Tartu_linnavalitsus, lk 122
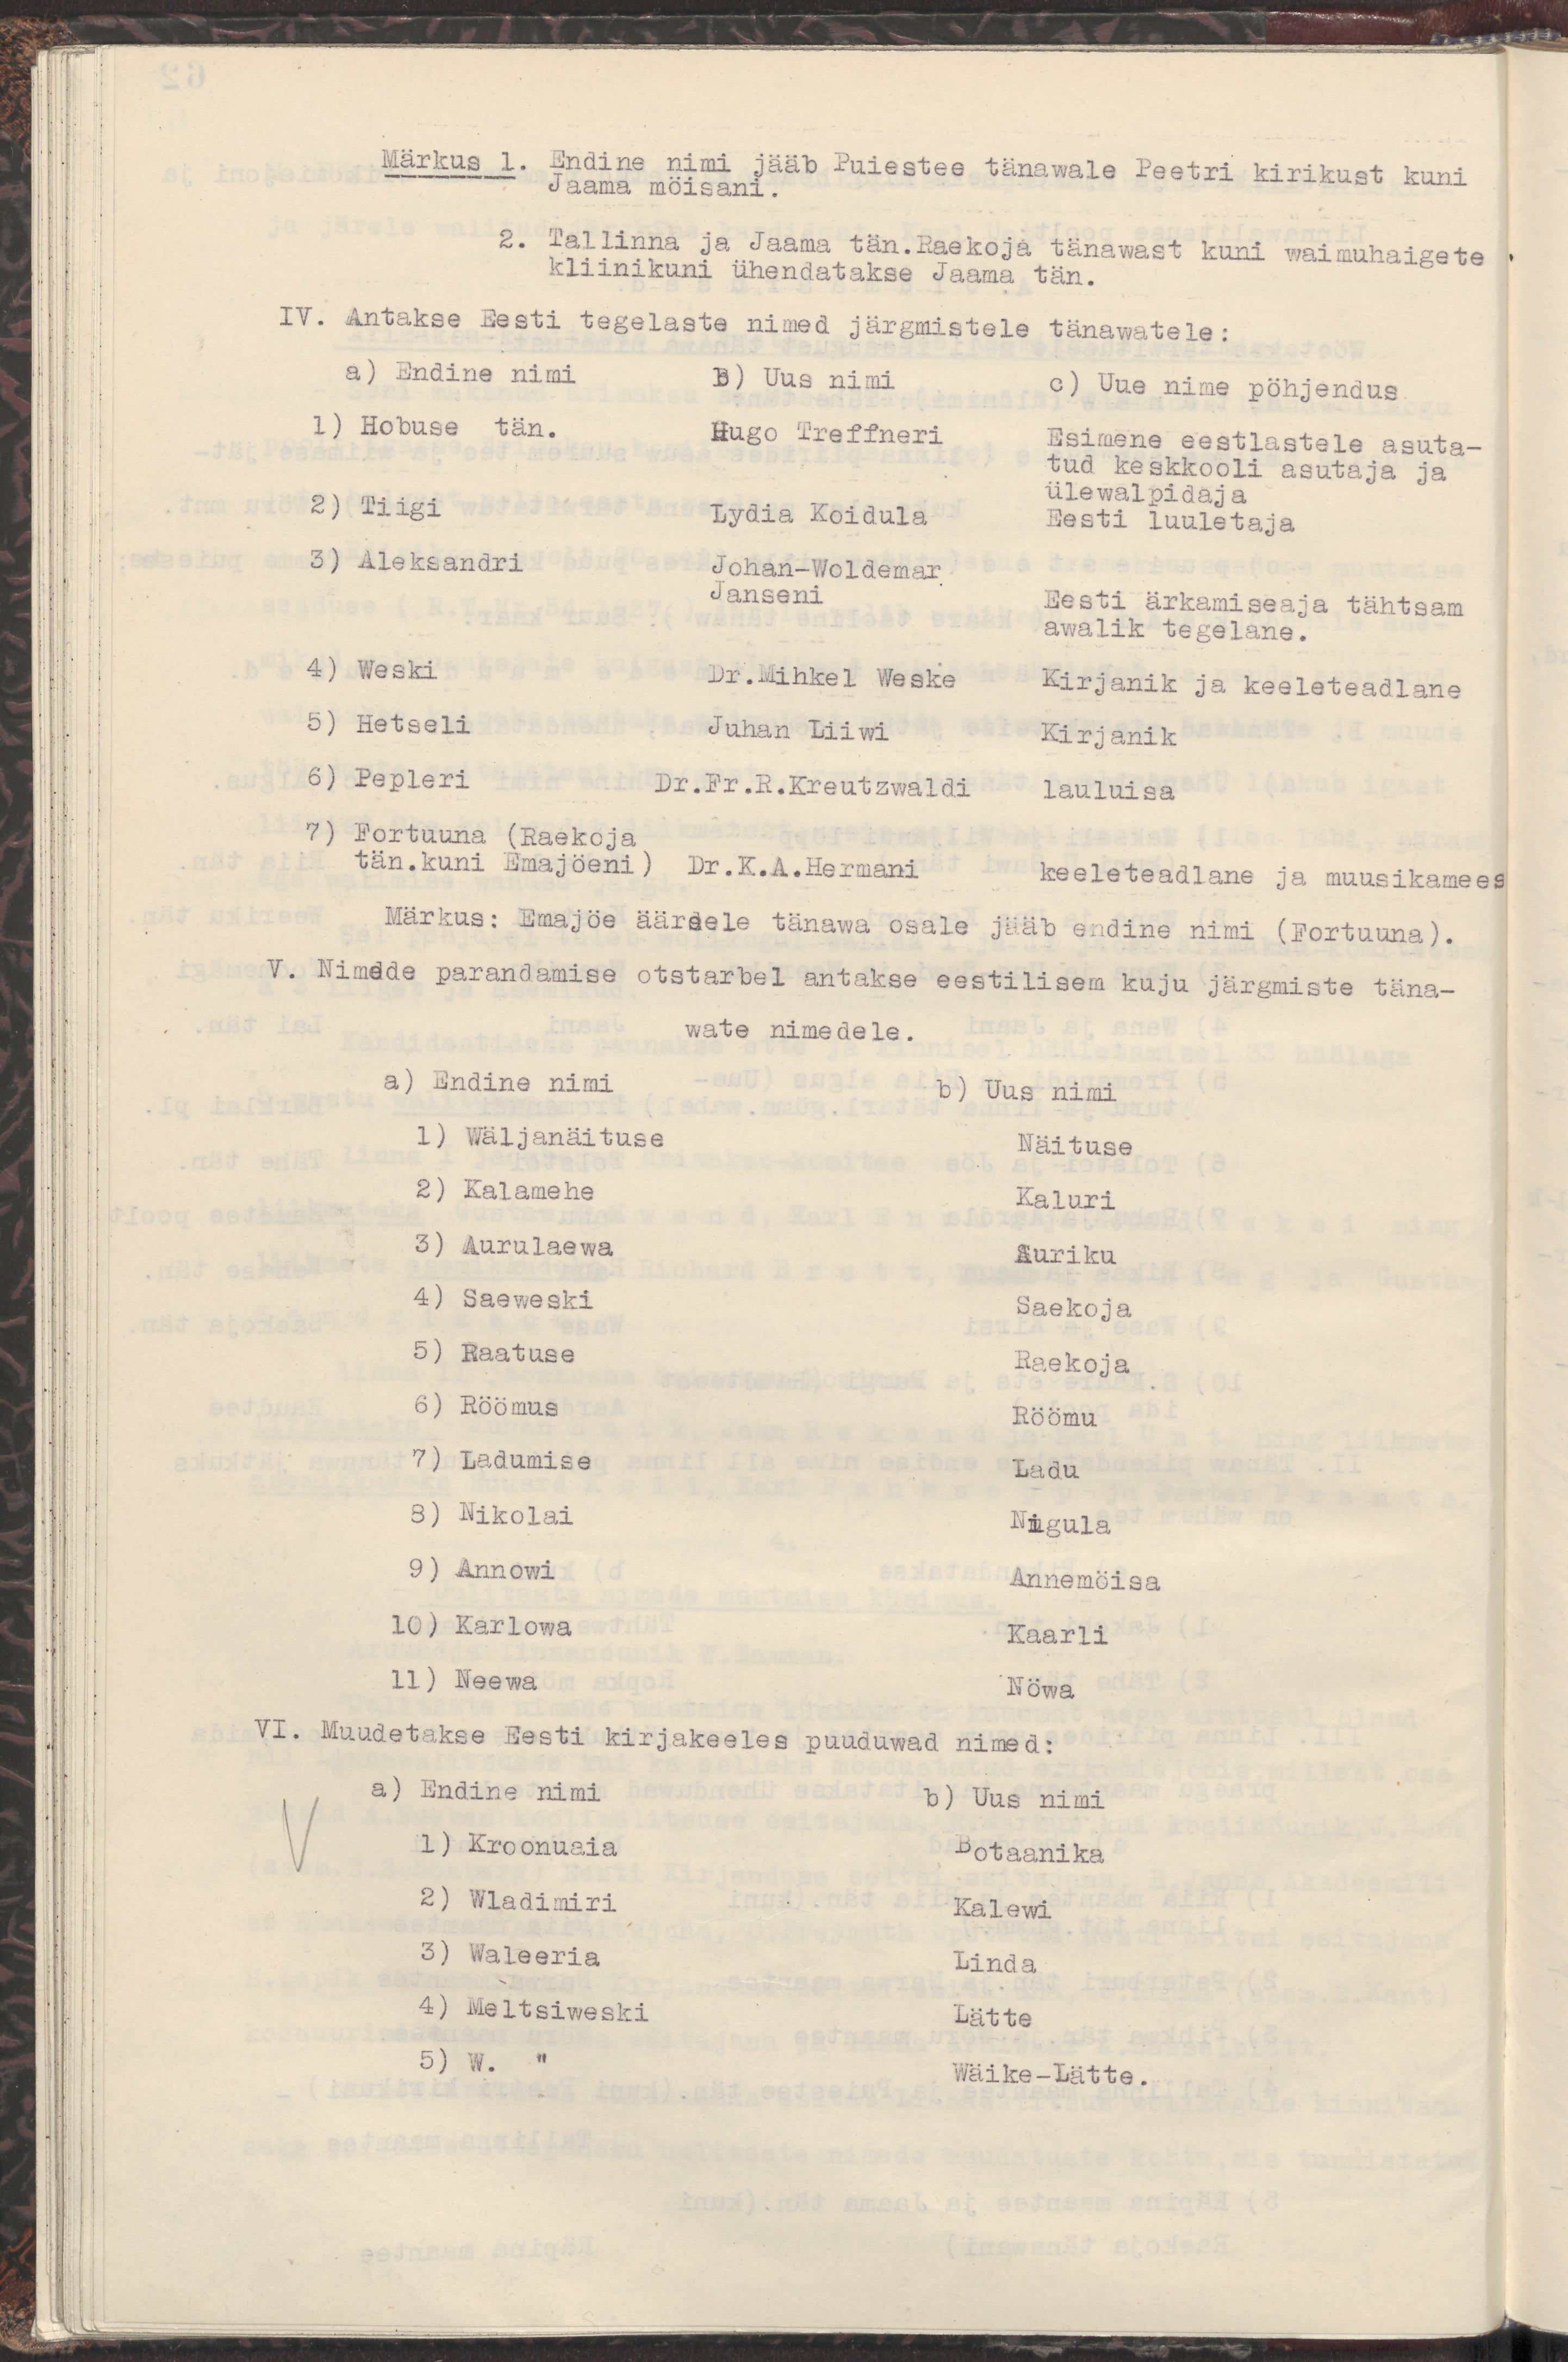
Märkus 1. Endine nimi jääb Puiestee tänawale Peetri kirikust kuni
Jaama möisani.
2. Tallinna ja Jaama tän.Raekoja tänawast kuni waimuhaigete
kliinikuni ühendatakse Jaama tän.
IV. Antakse Eesti tegelaste nimed järgmistele tänawatele:
a) Endine nimi  B) Uus nimi  c) Uue nime pöhjendus
1) Hobuse tän.  Hugo Treffneri  Esimene eestlastele asuta-
tud keskkooli asutaja ja
ülewalpidaja
2) Tiigi  Lydia Koidula  Eesti luuletaja
3) Aleksandri  Johan-Woldemar
Janseni  Eesti ärkamiseaja tähtsam
awalik tegelane.
4) Weski  Dr.Mihkel Weske  Kirjanik ja keeleteadlane
5) Hetseli  Juhan Liiwi  Kirjanik
6) Pepleri  Dr.Fr.R.Kreutzwaldi  lauluisa
7) Fortuuna (Raekoja
tän.kuni Emajöeni)  Dr.K.A.Hermani  keeleteadlane ja muusikamees
Märkus: Emajöe äärsele tänawa osale jääb endine nimi (Fortuuna).
V. Nimede parandamise otstarbel antakse eestilisem kuju järgmiste täna-
wate nimedele.
a) Endine nimi  b) Uus nimi
1) Wäljanäituse  Näituse
2) Kalamehe  Kaluri
3) Aurulaewa  Auriku
4) Saeweski  Saekoja
5) Raatuse  Raekoja
6) Röömus  Röömu
7) Ladumise  Ladu
8) Nikolai  Nigula
9) Annowi  Annemöisa
10) Karlowa  Kaarli
11) Neewa  Nöwa
VI. Muudetakse Eesti kirjakeeles puuduwad nimed:
a) Endine nimi  b) Uus nimi
1) Kroonuaia  Botaanika
2) Wladimiri  Kalewi
3) Waleeria  Linda
4) Meltsiweski  Lätte
5) W. "  Wäike-Lätte.